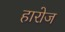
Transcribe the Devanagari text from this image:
हारोज